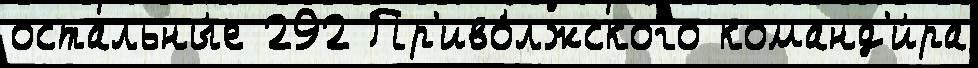
остальны́е 292 Пр'иво́лжского команд'и́ра